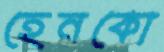
হেনকো